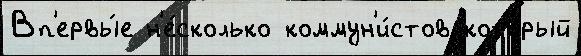
Вп'ервы́е н'е́сколько коммун'и́стов кото́рый